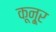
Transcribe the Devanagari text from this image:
कून्‍ूर